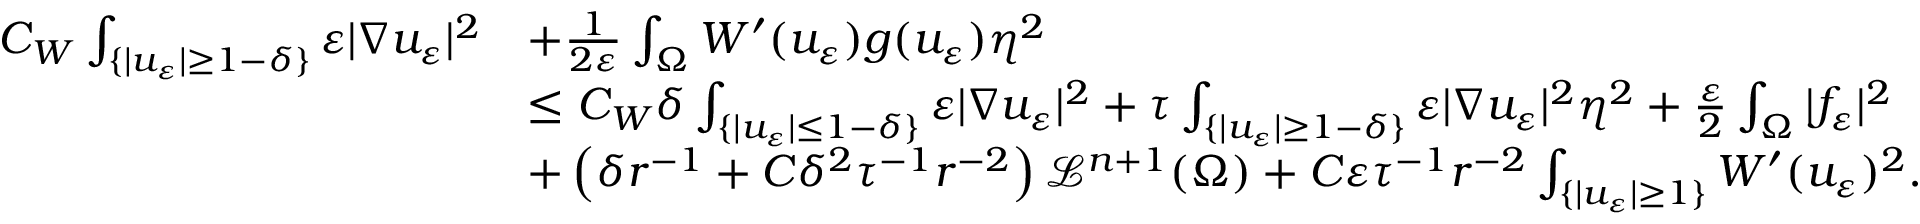
\begin{array} { r l } { C _ { W } \int _ { \{ | u _ { \varepsilon } | \geq 1 - \delta \} } \varepsilon | \nabla u _ { \varepsilon } | ^ { 2 } } & { + \frac { 1 } { 2 \varepsilon } \int _ { \Omega } W ^ { \prime } ( u _ { \varepsilon } ) g ( u _ { \varepsilon } ) \eta ^ { 2 } } \\ & { \leq C _ { W } \delta \int _ { \{ | u _ { \varepsilon } | \leq 1 - \delta \} } \varepsilon | \nabla u _ { \varepsilon } | ^ { 2 } + \tau \int _ { \{ | u _ { \varepsilon } | \geq 1 - \delta \} } \varepsilon | \nabla u _ { \varepsilon } | ^ { 2 } \eta ^ { 2 } + \frac { \varepsilon } { 2 } \int _ { \Omega } | f _ { \varepsilon } | ^ { 2 } } \\ & { + \left( \delta r ^ { - 1 } + C \delta ^ { 2 } \tau ^ { - 1 } r ^ { - 2 } \right) \mathcal L ^ { n + 1 } ( \Omega ) + C \varepsilon \tau ^ { - 1 } r ^ { - 2 } \int _ { \{ | u _ { \varepsilon } | \geq 1 \} } W ^ { \prime } ( u _ { \varepsilon } ) ^ { 2 } . } \end{array}